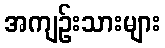
အကျဉ်းသားများ